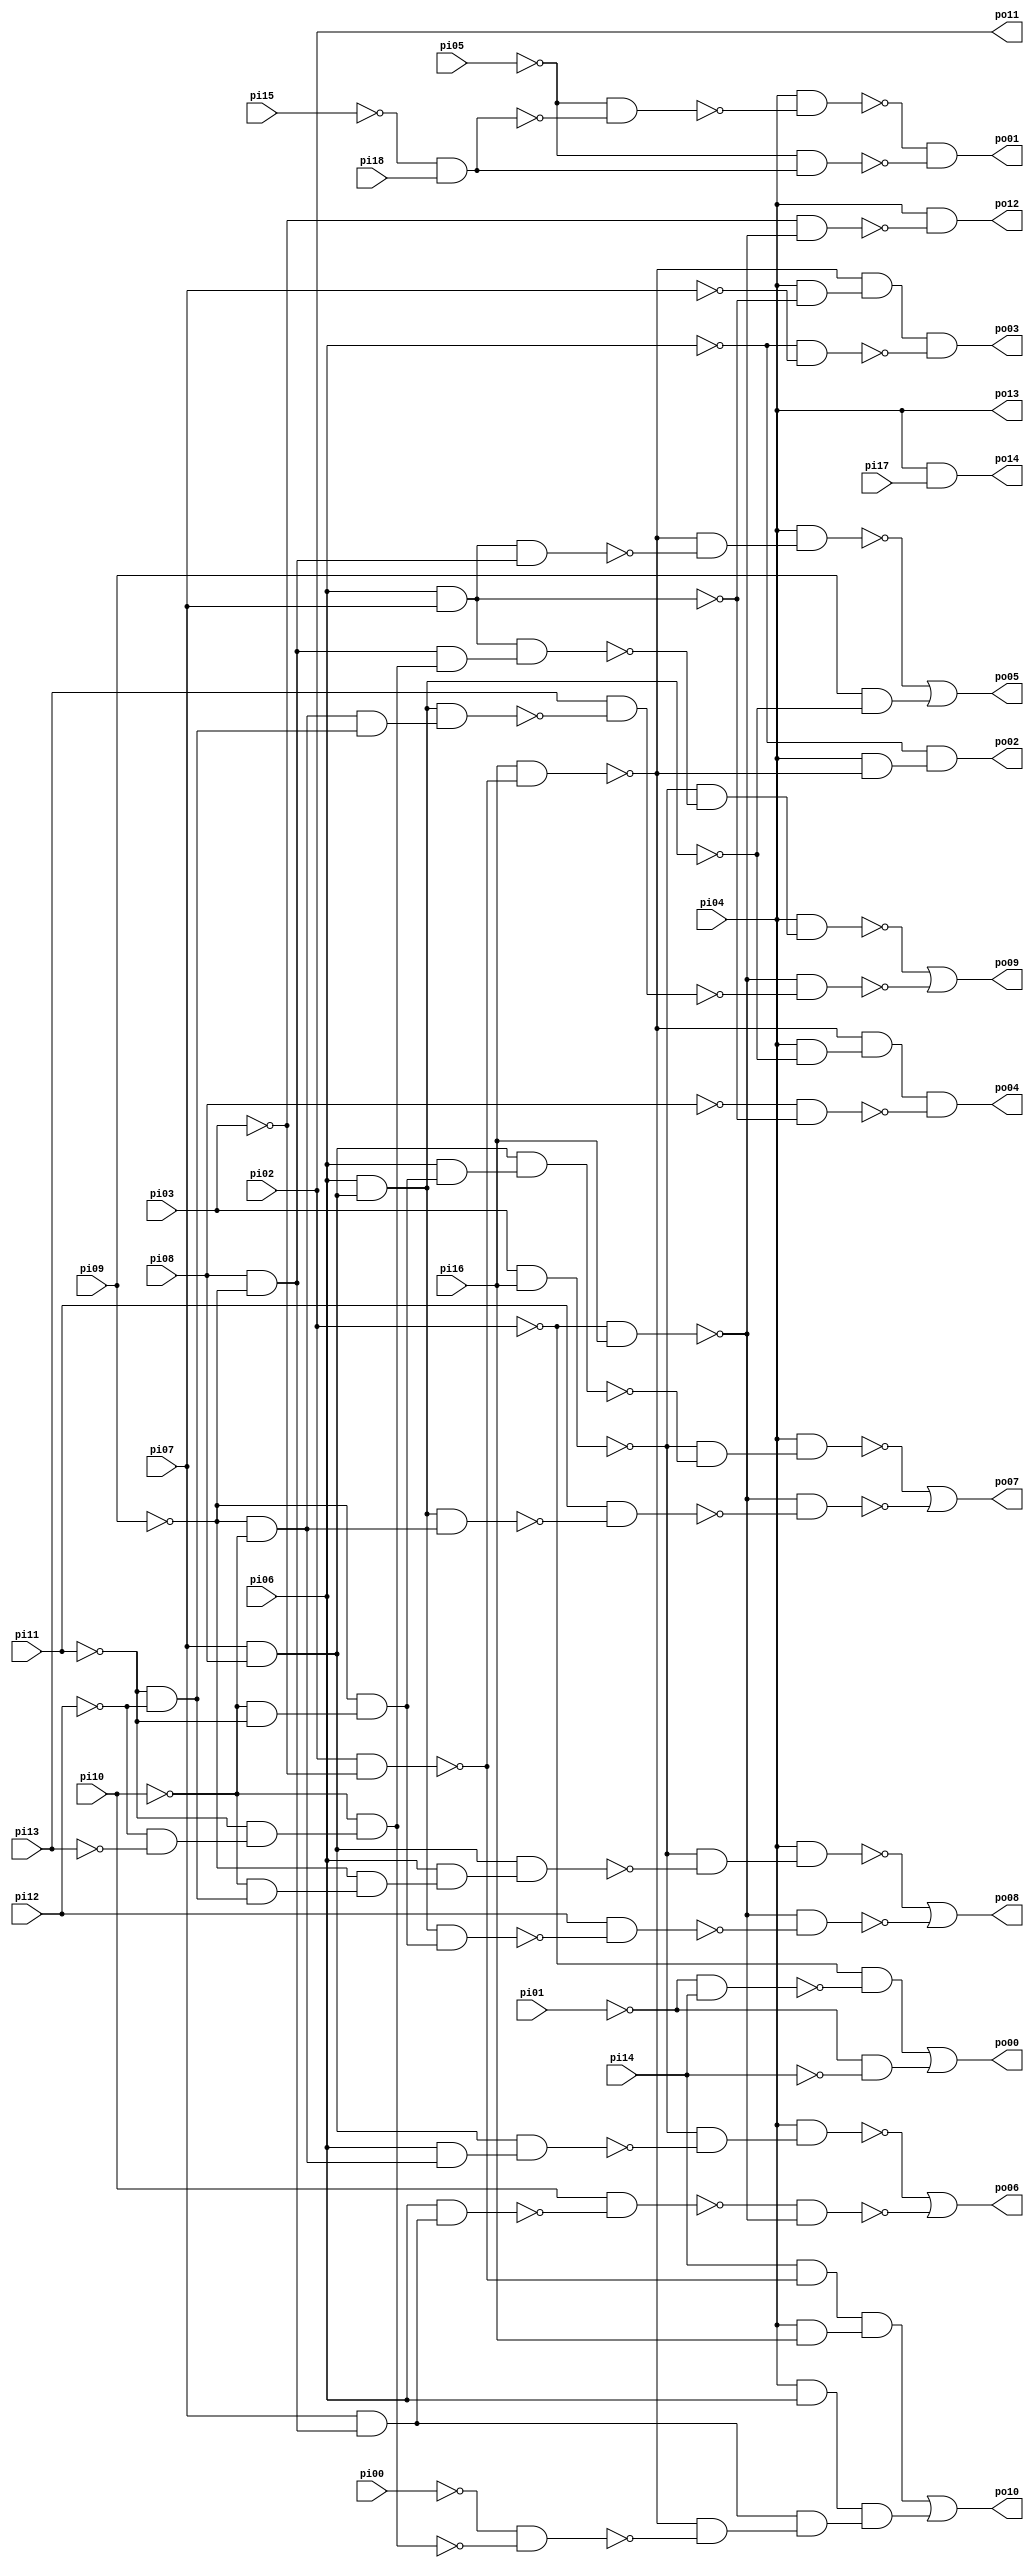
// Benchmark "sct" written by ABC on Sun Apr 22 21:43:12 2018

module sct ( 
    pi00, pi01, pi02, pi03, pi04, pi05, pi06, pi07, pi08, pi09, pi10, pi11,
    pi12, pi13, pi14, pi15, pi16, pi17, pi18,
    po00, po01, po02, po03, po04, po05, po06, po07, po08, po09, po10, po11,
    po12, po13, po14  );
  input  pi00, pi01, pi02, pi03, pi04, pi05, pi06, pi07, pi08, pi09,
    pi10, pi11, pi12, pi13, pi14, pi15, pi16, pi17, pi18;
  output po00, po01, po02, po03, po04, po05, po06, po07, po08, po09, po10,
    po11, po12, po13, po14;
  wire n35, n36, n37, n39, n40, n41, n42, n44, n45, n46, n48, n49, n50, n51,
    n53, n54, n55, n56, n57, n59, n60, n61, n62, n63, n65, n66, n67, n68,
    n69, n70, n71, n72, n73, n74, n75, n77, n78, n79, n80, n81, n82, n83,
    n84, n85, n87, n88, n89, n90, n91, n92, n93, n94, n95, n96, n98, n99,
    n100, n101, n102, n103, n104, n105, n106, n107, n108, n110, n111, n112,
    n113, n114, n115, n116, n117, n119;
  assign n35 = ~pi01 & pi14;
  assign n36 = ~pi02 & ~n35;
  assign n37 = ~pi01 & ~pi14;
  assign po00 = n36 | n37;
  assign n39 = ~pi15 & pi18;
  assign n40 = ~pi05 & ~n39;
  assign n41 = pi04 & ~n40;
  assign n42 = ~pi05 & n39;
  assign po01 = ~n41 & ~n42;
  assign n44 = pi02 & ~pi03;
  assign n45 = pi16 & ~n44;
  assign n46 = pi04 & ~n45;
  assign po02 = ~pi06 & n46;
  assign n48 = pi06 & pi07;
  assign n49 = pi04 & ~n48;
  assign n50 = ~n45 & n49;
  assign n51 = ~pi06 & ~pi07;
  assign po03 = n50 & ~n51;
  assign n53 = pi07 & pi08;
  assign n54 = pi06 & n53;
  assign n55 = pi04 & ~n54;
  assign n56 = ~n45 & n55;
  assign n57 = ~pi08 & ~n48;
  assign po04 = n56 & ~n57;
  assign n59 = pi08 & ~pi09;
  assign n60 = n48 & n59;
  assign n61 = ~n45 & ~n60;
  assign n62 = pi04 & n61;
  assign n63 = pi09 & ~n54;
  assign po05 = ~n62 | n63;
  assign n65 = pi07 & n59;
  assign n66 = pi06 & n65;
  assign n67 = ~pi09 & ~pi10;
  assign n68 = pi03 & pi16;
  assign n69 = pi06 & n67;
  assign n70 = n53 & n69;
  assign n71 = ~n68 & ~n70;
  assign n72 = pi04 & n71;
  assign n73 = pi10 & ~n66;
  assign n74 = ~pi02 & pi16;
  assign n75 = ~n73 & ~n74;
  assign po06 = ~n72 | ~n75;
  assign n77 = n54 & n67;
  assign n78 = ~pi10 & ~pi11;
  assign n79 = ~pi09 & n78;
  assign n80 = pi06 & n79;
  assign n81 = n53 & n80;
  assign n82 = ~n68 & ~n81;
  assign n83 = pi04 & n82;
  assign n84 = pi11 & ~n77;
  assign n85 = ~n74 & ~n84;
  assign po07 = ~n83 | ~n85;
  assign n87 = n54 & n79;
  assign n88 = ~pi11 & ~pi12;
  assign n89 = ~pi10 & n88;
  assign n90 = ~pi09 & n89;
  assign n91 = pi06 & n90;
  assign n92 = n53 & n91;
  assign n93 = ~n68 & ~n92;
  assign n94 = pi04 & n93;
  assign n95 = pi12 & ~n87;
  assign n96 = ~n74 & ~n95;
  assign po08 = ~n94 | ~n96;
  assign n98 = n67 & n88;
  assign n99 = n54 & n98;
  assign n100 = ~pi12 & ~pi13;
  assign n101 = ~pi11 & n100;
  assign n102 = ~pi10 & n101;
  assign n103 = n59 & n102;
  assign n104 = n48 & n103;
  assign n105 = ~n68 & ~n104;
  assign n106 = pi04 & n105;
  assign n107 = pi13 & ~n99;
  assign n108 = ~n74 & ~n107;
  assign po09 = ~n106 | ~n108;
  assign n110 = ~pi00 & ~n102;
  assign n111 = ~n45 & ~n110;
  assign n112 = pi14 & ~n44;
  assign n113 = pi04 & pi16;
  assign n114 = n112 & n113;
  assign n115 = pi04 & pi06;
  assign n116 = n65 & n111;
  assign n117 = n115 & n116;
  assign po10 = n114 | n117;
  assign n119 = ~pi03 & ~n74;
  assign po12 = pi04 & ~n119;
  assign po14 = pi04 & pi17;
  assign po11 = pi02;
  assign po13 = pi04;
endmodule